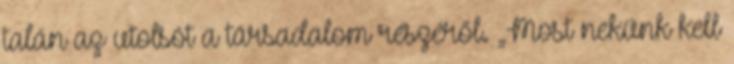
talán az utolsót a társadalom részéről. „Most nekünk kell